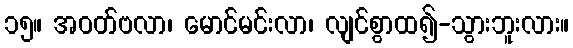
၁၅။ အဝတ်ဗလာ၊ မောင်မင်းလာ၊ လျင်စွာထ၍-သွားဘူးလား။